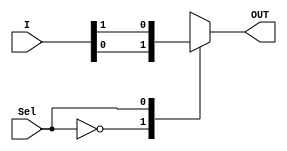
module mux21 (OUT, I, Sel);
	
	output OUT;
	input [1:0] I;
	input Sel;
	
	reg OUT;

	always @(I, Sel)		
		case (Sel)
			1'b0: OUT = I[0];
			1'b1: OUT = I[1];
		endcase

endmodule